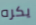
يكره